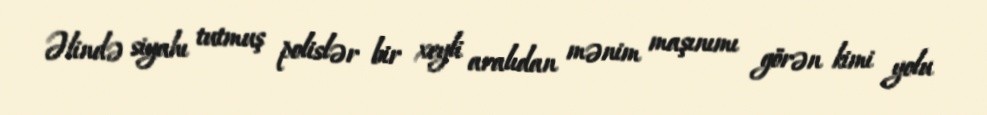
Əlində siyahı tutmuş polislər bir xeyli aralıdan mənim maşınımı görən kimi yolu